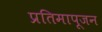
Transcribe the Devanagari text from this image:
प्रतिमापूजन